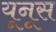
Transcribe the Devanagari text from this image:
यूनूस